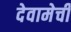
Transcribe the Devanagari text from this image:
देवामेची